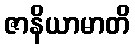
ဇာနိယာမာတိ